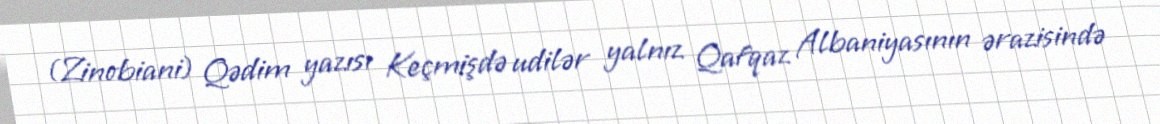
(Zinobiani) Qədim yazısı Keçmişdə udilər yalnız Qafqaz Albaniyasının ərazisində